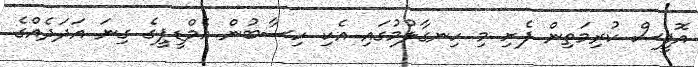
އޮފީސް ކުރިމަތިން ފެށި މި ހިނގާލުމުގައި އެކި ހިސާބުން އެމްޑީޕީގެ ގިނަ އަދަދެއްގެ